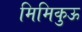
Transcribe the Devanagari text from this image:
मिमिकुऊ